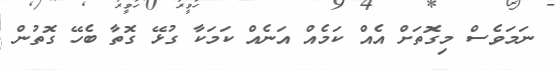
ނަމަވެސް މިގޮތަށް އެއް ކަމެއް އަނެއް ކަމަކާ ގުޅޭ ގޮތާ ބެހޭ ގޮތުން